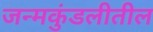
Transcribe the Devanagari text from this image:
जन्मकुंडलीतील